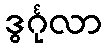
ဒွင်္ဂုလာ